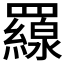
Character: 𦌶